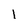
Character: 1